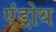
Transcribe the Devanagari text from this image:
एंड्रोथ